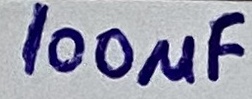
Text: 100µF